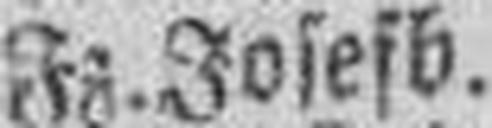
Fr. Josefb. E. 1884 d. St. 100 fl. S. 4%